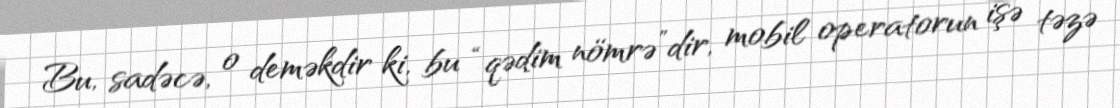
Bu, sadəcə, o deməkdir ki, bu “qədim nömrə”dir, mobil operatorun işə təzə